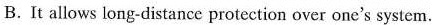
B.It allows !ong-distance protection over one's system.